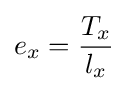
e_{x}={\frac {T_{x}}{l_{x}}}